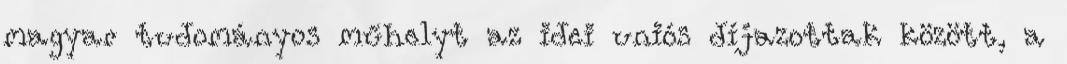
magyar tudományos műhelyt az idei uniós díjazottak között, a